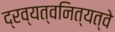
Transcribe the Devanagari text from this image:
द्रव्यत्वनित्यत्वे